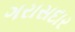
ગરાસદાર